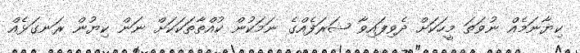
ކިޔާނަމެއް ނުވަތަ މީހަކަށް ދެވިފައިވާ ޝަރަފެއްގެ ނަމަކުން ކުއްތާތަކަކަށް ނަން ކިޔުން ރަނގަޅެއް